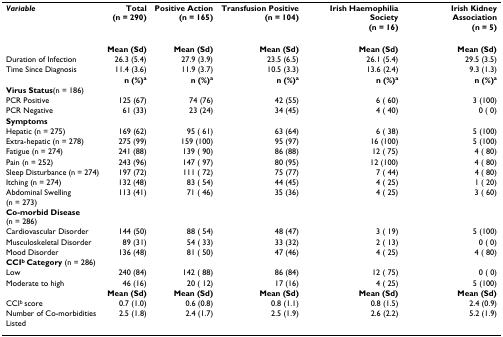
<table><thead><tr><td><b><i>Variable</i></b></td><td><b>Total(n = 290)</b></td><td><b>Positive Action(n = 165)</b></td><td><b>Transfusion Positive(n = 104)</b></td><td><b>Irish Haemophilia Society(n = 16)</b></td><td><b>Irish Kidney Association(n = 5)</b></td></tr></thead><tbody><tr><td></td><td><b>Mean (Sd)</b></td><td><b>Mean (Sd)</b></td><td><b>Mean (Sd)</b></td><td><b>Mean (Sd)</b></td><td><b>Mean (Sd)</b></td></tr><tr><td>Duration of Infection</td><td>26.3 (5.4)</td><td>27.9 (3.9)</td><td>23.5 (6.5)</td><td>26.1 (5.4)</td><td>29.5 (3.5)</td></tr><tr><td>Time Since Diagnosis</td><td>11.4 (3.6)</td><td>11.9 (3.7)</td><td>10.5 (3.3)</td><td>13.6 (2.4)</td><td>9.3 (1.3)</td></tr><tr><td></td><td><b>n (%)<sup>a</sup></b></td><td><b>n (%)<sup>a</sup></b></td><td><b>n (%)<sup>a</sup></b></td><td><b>n (%)<sup>a</sup></b></td><td><b>n (%)<sup>a</sup></b></td></tr><tr><td><b>Virus Status</b>(n = 186)</td><td></td><td></td><td></td><td></td><td></td></tr><tr><td>PCR Positive</td><td>125 (67)</td><td>74 (76)</td><td>42 (55)</td><td>6 ( 60)</td><td>3 (100)</td></tr><tr><td>PCR Negative</td><td>61 (33)</td><td>23 (24)</td><td>34 (45)</td><td>4 ( 40)</td><td>0 ( 0)</td></tr><tr><td><b>Symptoms</b></td><td></td><td></td><td></td><td></td><td></td></tr><tr><td>Hepatic (n = 275)</td><td>169 (62)</td><td>95 ( 61)</td><td>63 (64)</td><td>6 ( 38)</td><td>5 (100)</td></tr><tr><td>Extra-hepatic (n = 278)</td><td>275 (99)</td><td>159 (100)</td><td>95 (97)</td><td>16 (100)</td><td>5 (100)</td></tr><tr><td>Fatigue (n = 274)</td><td>241 (88)</td><td>139 ( 90)</td><td>86 (88)</td><td>12 ( 75)</td><td>4 ( 80)</td></tr><tr><td>Pain (n = 252)</td><td>243 (96)</td><td>147 ( 97)</td><td>80 (95)</td><td>12 (100)</td><td>4 ( 80)</td></tr><tr><td>Sleep Disturbance (n = 274)</td><td>197 (72)</td><td>111 ( 72)</td><td>75 (77)</td><td>7 ( 44)</td><td>4 ( 80)</td></tr><tr><td>Itching (n = 274)</td><td>132 (48)</td><td>83 ( 54)</td><td>44 (45)</td><td>4 ( 25)</td><td>1 ( 20)</td></tr><tr><td>Abdominal Swelling (n = 273)</td><td>113 (41)</td><td>71 ( 46)</td><td>35 (36)</td><td>4 ( 25)</td><td>3 ( 60)</td></tr><tr><td><b>Co-morbid Disease</b>(n = 286)</td><td></td><td></td><td></td><td></td><td></td></tr><tr><td>Cardiovascular Disorder</td><td>144 (50)</td><td>88 ( 54)</td><td>48 (47)</td><td>3 ( 19)</td><td>5 (100)</td></tr><tr><td>Musculoskeletal Disorder</td><td>89 (31)</td><td>54 ( 33)</td><td>33 (32)</td><td>2 ( 13)</td><td>0 ( 0)</td></tr><tr><td>Mood Disorder</td><td>136 (48)</td><td>81 ( 50)</td><td>47 (46)</td><td>4 ( 25)</td><td>4 ( 80)</td></tr><tr><td><b>CCI<sup>b </sup>Category </b>(n = 286)</td><td></td><td></td><td></td><td></td><td></td></tr><tr><td>Low</td><td>240 (84)</td><td>142 ( 88)</td><td>86 (84)</td><td>12 ( 75)</td><td>0 ( 0)</td></tr><tr><td>Moderate to high</td><td>46 (16)</td><td>20 ( 12)</td><td>17 (16)</td><td>4 ( 25)</td><td>5 (100)</td></tr><tr><td></td><td><b>Mean (Sd)</b></td><td><b>Mean (Sd)</b></td><td><b>Mean (Sd)</b></td><td><b>Mean (Sd)</b></td><td><b>Mean (Sd)</b></td></tr><tr><td>CCI<sup>b </sup>score</td><td>0.7 (1.0)</td><td>0.6 (0.8)</td><td>0.8 (1.1)</td><td>0.8 (1.5)</td><td>2.4 (0.9)</td></tr><tr><td>Number of Co-morbidities Listed</td><td>2.5 (1.8)</td><td>2.4 (1.7)</td><td>2.5 (1.9)</td><td>2.6 (2.2)</td><td>5.2 (1.9)</td></tr></tbody></table>